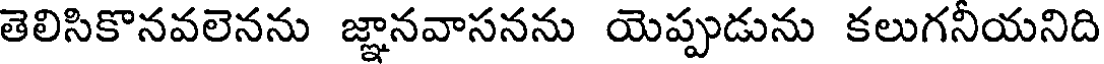
తెలిసికొనవలెనను జ్ఞానవాసనను యెప్పుడును కలుగనీయనిది